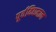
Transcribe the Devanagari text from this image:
पूर्वविद्यमान